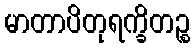
မာတာပိတုရက္ခိတဉ္စ